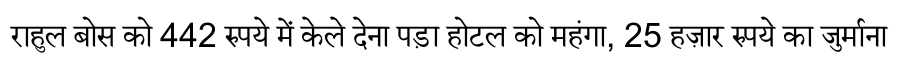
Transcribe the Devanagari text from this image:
राहुल बोस को 442 रुपये में केले देना पड़ा होटल को महंगा, 25 हज़ार रुपये का जुर्माना